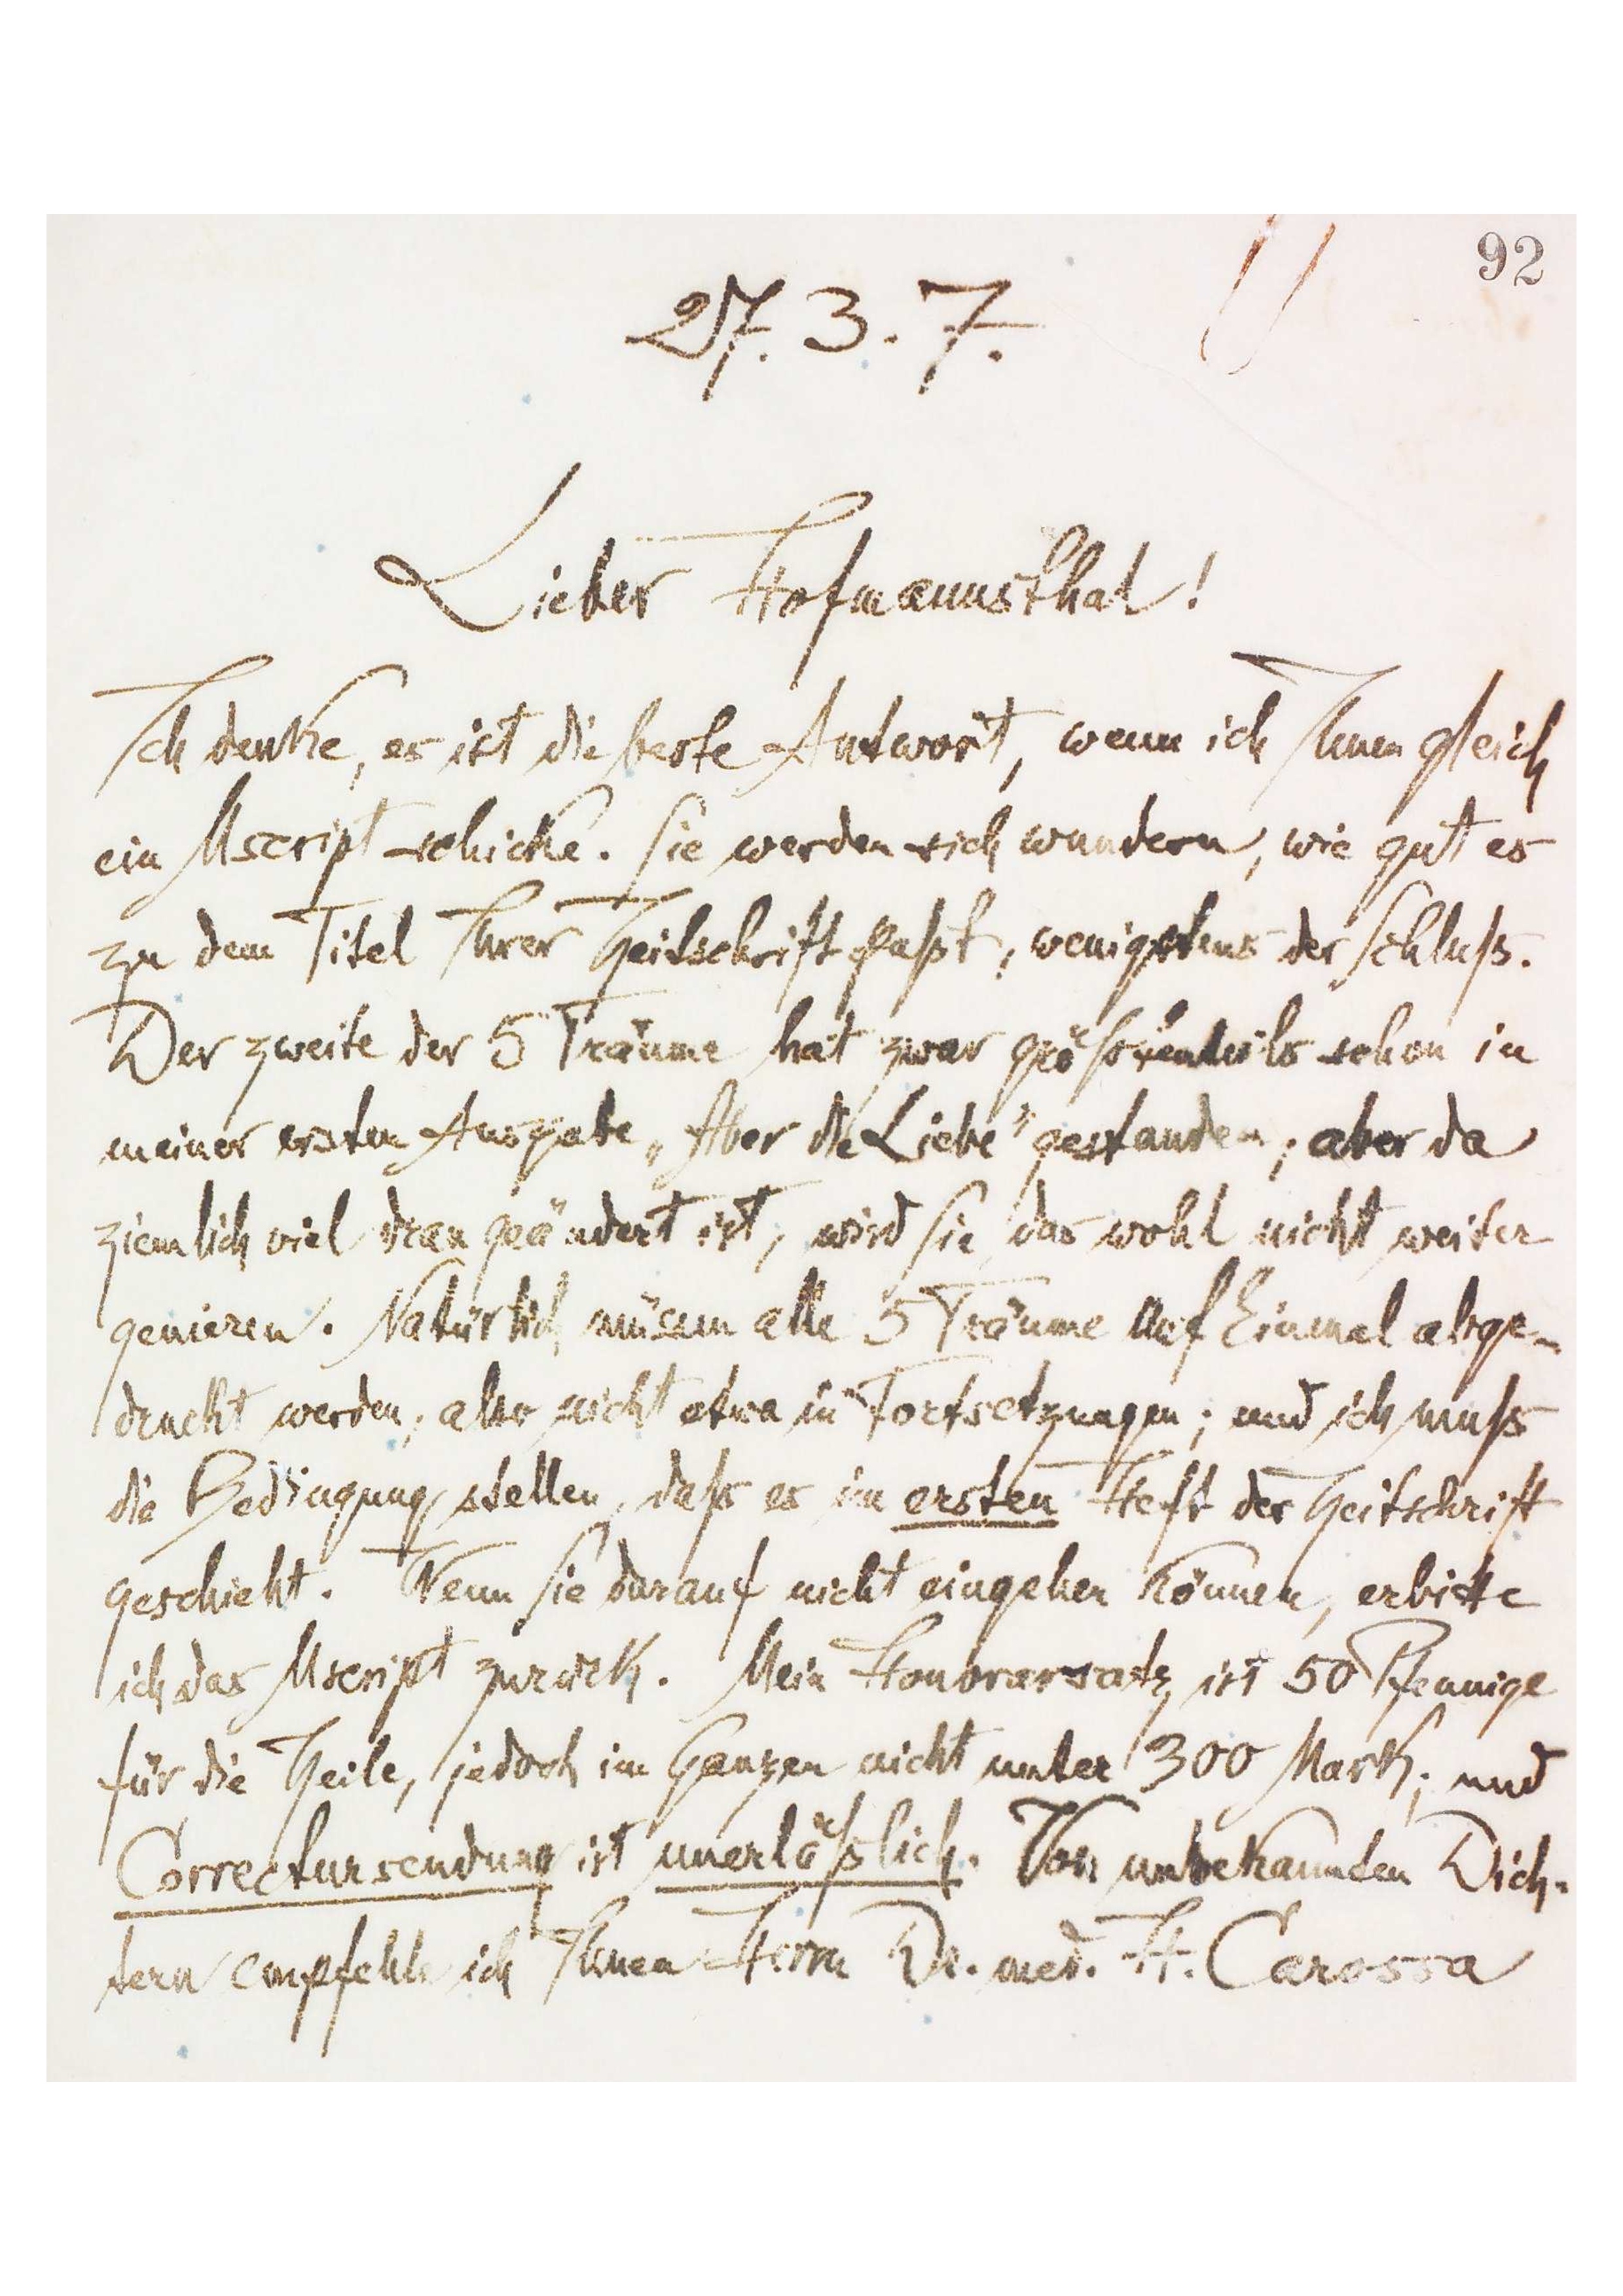
[92]
27.3.7.
Lieber Hofmannsthal!
Ich denke, es ist die beste Antwort, wenn ich Ihnen gleich
ein Mscript schicke. Sie werden sich wundern, wie gut es
zu dem Titel Ihrer Zeitschrift paßt, wenigstens der Schluß.
Der zweite der 5 Träume hat zwar größtenteils schon in
meiner ersten Ausgabe „Aber die Liebe‟ gestanden, aber da
ziemlich viel dran geändert ist, wird Sie das wohl nicht weiter
genieren. Natürlich müssen alle 5 Träume auf Einmal abge-
druckt werden, also nicht etwa in Fortsetzungen; und ich muß
die Bedingung stellen, daß es im ersten Heft der Zeitschrift
geschieht. Wenn Sie darauf nicht eingehen können, erbitte
ich das Mscript zurück. Mein Honorarsatz ist 50 Pfennige
für die Zeile, jedoch im Ganzen nicht unter 300 Mark; und
Correctursendung ist unerläßlich. Von unbekannten Dich-
tern empfehle ich Ihnen Herrn Dr. med. H. Carossa